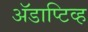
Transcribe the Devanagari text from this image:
अॅडाप्टिव्ह